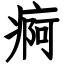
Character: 痾